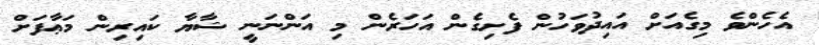
އެހެންވެ މިގެއަށް އައިދުވަހުން ފެށިގެން އަހަރެން މި އަންނަނީ ޝާޔާ ކައިރިން މަޢާފަށް